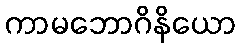
ကာမဘောဂိနိယော